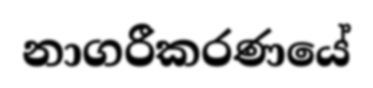
නාගරීකරණයේ